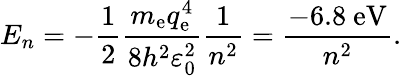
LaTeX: E_{n}=-{\frac{1}{2}}{\frac{m_{\mathrm{e}}q_{\mathrm{e}}^{4}}{8h^{2}\varepsilon_{0}^{2}}}{\frac{1}{n^{2}}}={\frac{-6.8~\mathrm{eV}}{n^{2}}}.